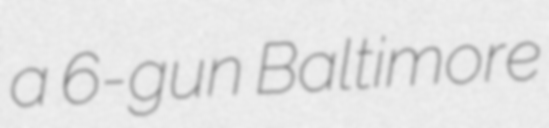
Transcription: a 6-gun Baltimore